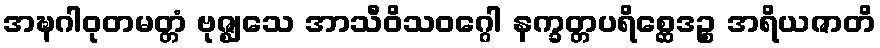
အဍ္ဎဂါဝုတမတ္တံ ဗုဇ္ဈသေ အာသီဝိသဝဂ္ဂေါ နက္ခတ္တပရိစ္ဆေဒဉ္စ အရိယဇာတိ